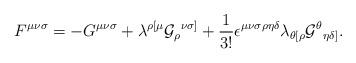
LaTeX: \begin{align*}F^{{\mu}{\nu}{\sigma}}=-G^{{\mu}{\nu}{\sigma}}+{\lambda}^{{\rho}[{\mu}}{{\cal G}_{\rho}}^{{\nu}{\sigma}]}+{\frac{1}{3!}}{\epsilon}^{{\mu}{\nu}{\sigma}{\rho}{\eta}{\delta}}{\lambda}_{{\theta}[{\rho}}{{\cal G}^{\theta}}_{{\eta}{\delta}]}.\end{align*}